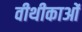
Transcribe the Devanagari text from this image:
वीथीकाओं